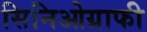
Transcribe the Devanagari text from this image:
सिनिओग्राफी